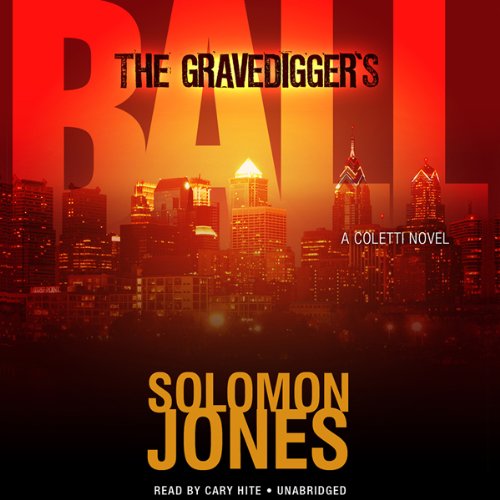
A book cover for The Gravedigger's Ball: The Coletti Novels, Book 2; Solomon Jones; Mystery, Thriller & Suspense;